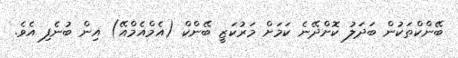
ބޭންކްތަކުން ބަދަލު ކޮށްދޭނެ ކަމަށް މަރުކަޒީ ބޭންކް (އެމްއެމްއޭ) އިން ބުނެފި އެވެ.